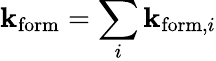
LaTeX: \mathbf{k}_{\mathrm{{form}}}=\sum_{i}\mathbf{k}_{\mathrm{{form}},i}